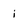
Character: i